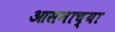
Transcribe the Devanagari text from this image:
आसनाच्या